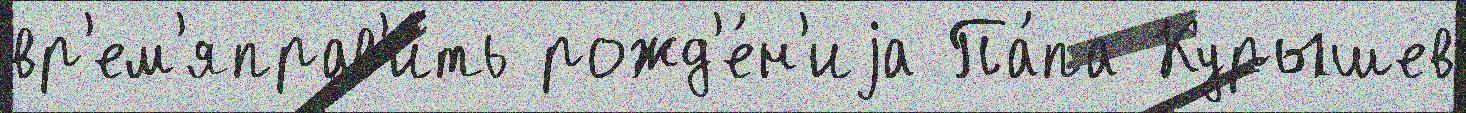
вр'ем'яправ'ить рожд'е́н'иjа Па́па Курышев